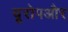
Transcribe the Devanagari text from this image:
यूरोपऔर